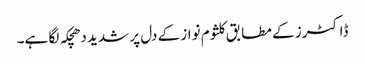
ڈاکٹرز کے مطابق کلثوم نواز کے دل پر شدید دھچکہ لگا ہے۔